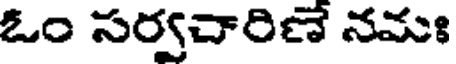
ఓం సర్వచారిణే నమః